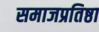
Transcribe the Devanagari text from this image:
समाजप्रतिष्ठा